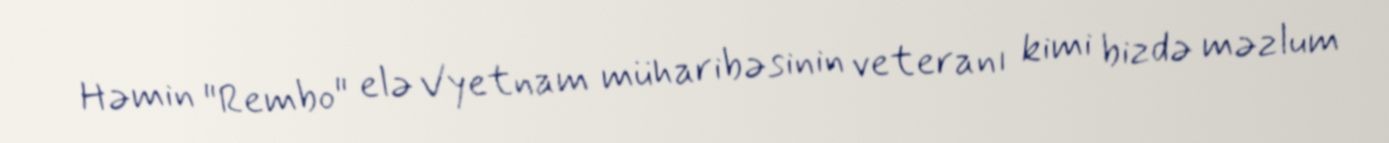
Həmin "Rembo" elə Vyetnam müharibəsinin veteranı kimi bizdə məzlum